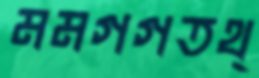
মমগগতথ্